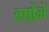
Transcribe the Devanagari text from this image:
वर्षोमें